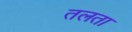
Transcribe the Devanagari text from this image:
तलता